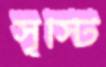
সৃস্টি